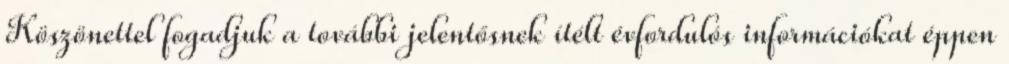
Köszönettel fogadjuk a további jelentősnek ítélt évfordulós információkat éppen